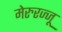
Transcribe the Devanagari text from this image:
मेरुरज्जू